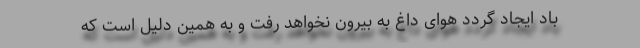
باد ایجاد گردد هوای داغ به بیرون نخواهد رفت و به همین دلیل است که